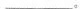
___。